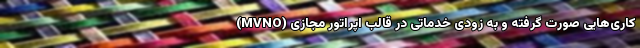
کاری‌هایی صورت گرفته و به زودی خدماتی در قالب اپراتور مجازی (MVNO)